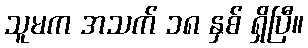
သူမက အသက် ၁၈ နှစ် ရှိပြီ။